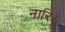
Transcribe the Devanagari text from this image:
नारि।